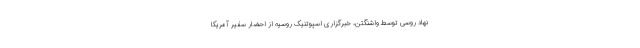
نهاد روسی توسط واشنگتن، خبرگزاری اسپوتنیک روسیه از احضار سفیر آمریکا